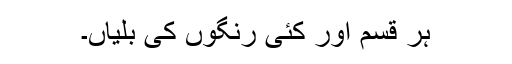
ہر قسم اور کئی رنگوں کی بلّیاں۔